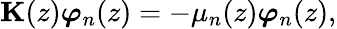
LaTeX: \textbf{K}(z)\boldsymbol{\varphi}_{n}(z)=-\mu_{n}(z)\boldsymbol{\varphi}_{n}(z),